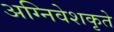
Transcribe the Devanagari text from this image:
अग्निवेशकृते